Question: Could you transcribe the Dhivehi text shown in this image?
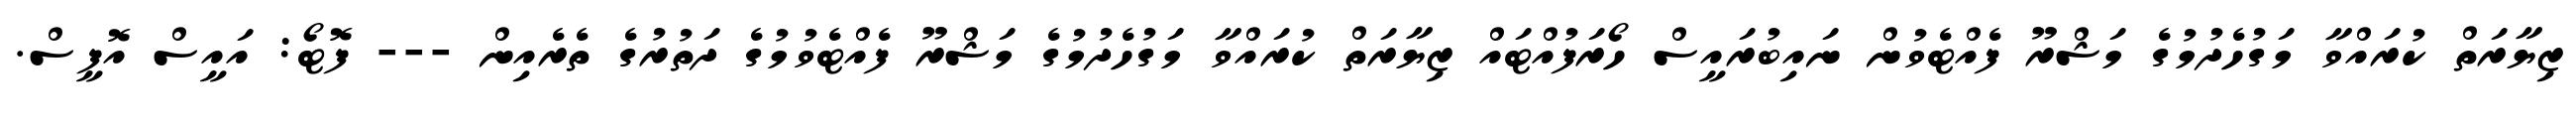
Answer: ޒިޔާރަތް ކުރައްވާ މަގުހެދުމުގެ މަޝްރޫ ފެއްޓެވުން ނައިބުރައީސް ހޯރަފުއްޓައް ޒިޔާރަތް ކުރައްވާ މަގުހެދުމުގެ މަޝްރޫ ފެއްޓެވުމުގެ ދަތުރުގެ ތެރެއިން --- ފޮޓޯ: އައީސް އޮފީސް.